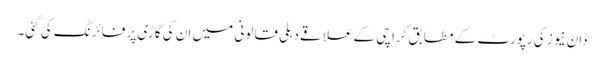
ڈان نیوز کی رپورٹ کے مطابق کراچی کے علاقے دہلی قالونی میں ان کی گاڑی پر فائرنگ کی گئی۔